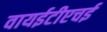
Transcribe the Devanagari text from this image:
वायईटीएचई